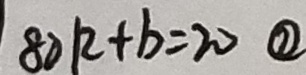
8 0 k + b = 2 0 \textcircled { 2 }